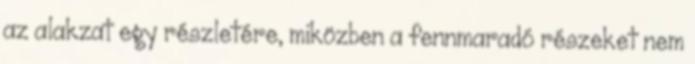
az alakzat egy részletére, miközben a fennmaradó részeket nem